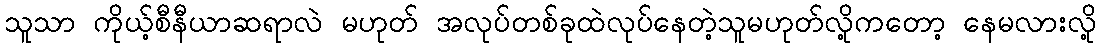
သူသာ ကိုယ့်စီနီယာဆရာလဲ မဟုတ် အလုပ်တစ်ခုထဲလုပ်နေတဲ့သူမဟုတ်လို့ကတော့ နေမလားလို့